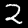
Digit: 2